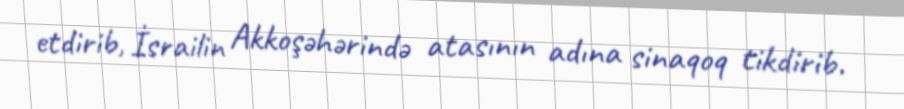
etdirib, İsrailin Akkoşəhərində atasının adına sinaqoq tikdirib.